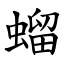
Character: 䗜